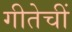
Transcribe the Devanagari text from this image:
गीतेचीं